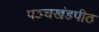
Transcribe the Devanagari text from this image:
पञ्चखंडपीठ